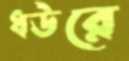
ধউরে